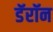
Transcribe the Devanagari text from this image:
डॅरॉन